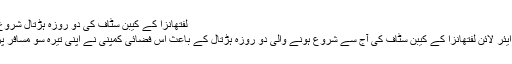
لفتھانزا کے کیبن سٹاف کی دو روزہ ہڑتال شروع، تیرہ سو پروازیں منسوخ
جرمنی کی سب سے بڑی ایئر لائن لفتھانزا کے کیبن سٹاف کی آج سے شروع ہونے والی دو روزہ ہڑتال کے باعث اس فضائی کمپنی نے اپنی تیرہ سو مسافر پروازیں منسوخ کر دی ہیں۔